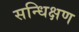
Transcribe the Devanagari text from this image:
सन्धिक्षण